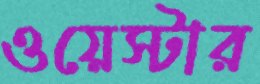
ওয়েস্টার